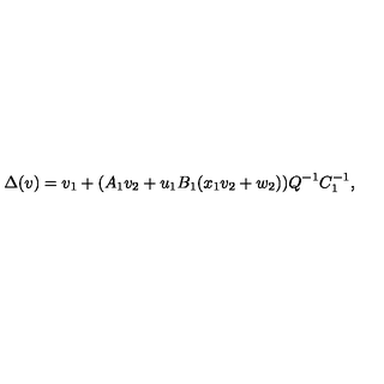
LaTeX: \Delta ( v ) = v _ { 1 } + ( A _ { 1 } v _ { 2 } + u _ { 1 } B _ { 1 } ( x _ { 1 } v _ { 2 } + w _ { 2 } ) ) Q ^ { - 1 } C _ { 1 } ^ { - 1 } ,